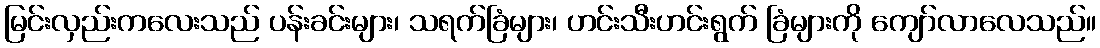
မြင်းလှည်းကလေးသည် ပန်းခင်းများ၊ သရက်ခြံများ၊ ဟင်းသီးဟင်းရွက် ခြံများကို ကျော်လာလေသည်။